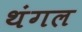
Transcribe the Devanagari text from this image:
थंगल